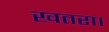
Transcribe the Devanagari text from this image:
खतरा।